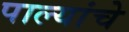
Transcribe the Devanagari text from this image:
पाल्यांचे